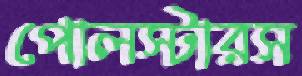
পোলস্টারস